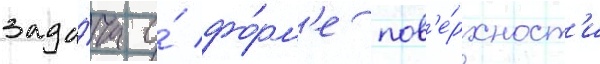
зада́ча о́ фо́рм'е пов'е́рхност'и